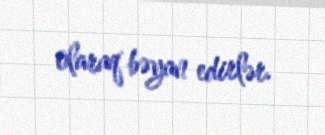
olaraq bəyan edirlər.